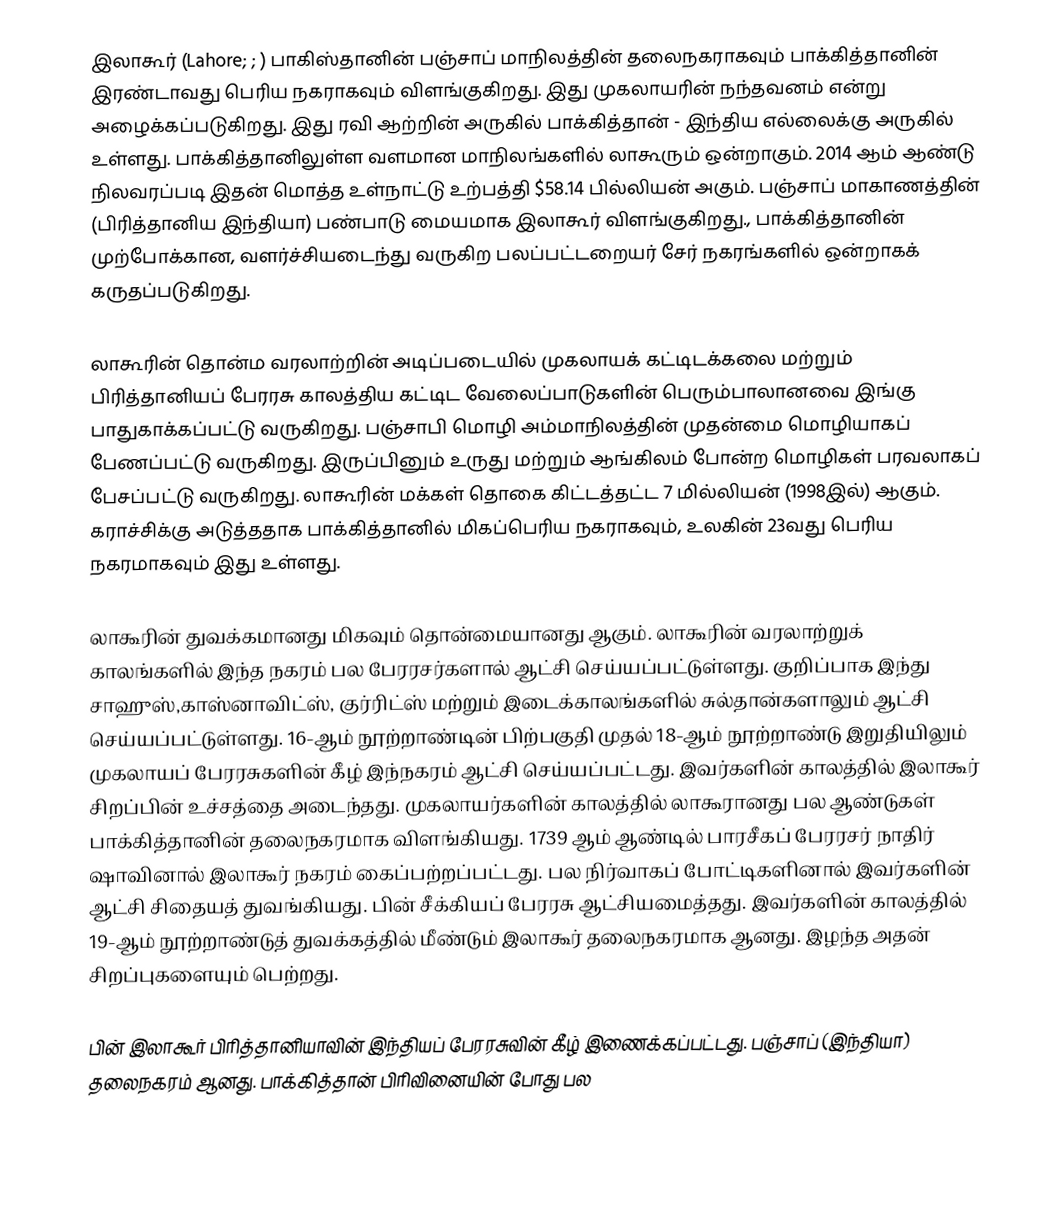
இலாகூர் (Lahore; ;  ) பாகிஸ்தானின் பஞ்சாப் மாநிலத்தின் தலைநகராகவும் பாக்கித்தானின் இரண்டாவது பெரிய நகராகவும் விளங்குகிறது. இது முகலாயரின் நந்தவனம் என்று அழைக்கப்படுகிறது. இது ரவி ஆற்றின் அருகில் பாக்கித்தான் - இந்திய எல்லைக்கு அருகில் உள்ளது. பாக்கித்தானிலுள்ள வளமான மாநிலங்களில் லாகூரும் ஒன்றாகும். 2014 ஆம் ஆண்டு நிலவரப்படி இதன் மொத்த உள்நாட்டு உற்பத்தி $58.14 பில்லியன் அகும். பஞ்சாப் மாகாணத்தின் (பிரித்தானிய இந்தியா) பண்பாடு மையமாக இலாகூர் விளங்குகிறது.,  பாக்கித்தானின் முற்போக்கான, வளர்ச்சியடைந்து வருகிற  பலப்பட்டறையர் சேர் நகரங்களில் ஒன்றாகக் கருதப்படுகிறது.

லாகூரின் தொன்ம வரலாற்றின் அடிப்படையில் முகலாயக் கட்டிடக்கலை  மற்றும் பிரித்தானியப் பேரரசு காலத்திய  கட்டிட வேலைப்பாடுகளின் பெரும்பாலானவை இங்கு பாதுகாக்கப்பட்டு வருகிறது. பஞ்சாபி மொழி அம்மாநிலத்தின் முதன்மை மொழியாகப் பேணப்பட்டு வருகிறது. இருப்பினும் உருது மற்றும் ஆங்கிலம் போன்ற மொழிகள் பரவலாகப் பேசப்பட்டு வருகிறது. லாகூரின் மக்கள் தொகை கிட்டத்தட்ட 7 மில்லியன் (1998இல்) ஆகும். கராச்சிக்கு அடுத்ததாக பாக்கித்தானில் மிகப்பெரிய நகராகவும், உலகின் 23வது பெரிய நகரமாகவும் இது உள்ளது.

லாகூரின் துவக்கமானது மிகவும் தொன்மையானது ஆகும். லாகூரின் வரலாற்றுக் காலங்களில் இந்த நகரம் பல பேரரசர்களால் ஆட்சி செய்யப்பட்டுள்ளது. குறிப்பாக இந்து சாஹுஸ்,காஸ்னாவிட்ஸ், குர்ரிட்ஸ் மற்றும் இடைக்காலங்களில் சுல்தான்களாலும் ஆட்சி செய்யப்பட்டுள்ளது.  16-ஆம் நூற்றாண்டின் பிற்பகுதி முதல் 18-ஆம் நூற்றாண்டு இறுதியிலும் முகலாயப் பேரரசுகளின் கீழ் இந்நகரம் ஆட்சி செய்யப்பட்டது. இவர்களின் காலத்தில் இலாகூர் சிறப்பின் உச்சத்தை அடைந்தது. முகலாயர்களின் காலத்தில் லாகூரானது பல ஆண்டுகள் பாக்கித்தானின் தலைநகரமாக விளங்கியது. 1739 ஆம் ஆண்டில் பாரசீகப் பேரரசர் நாதிர் ஷாவினால் இலாகூர் நகரம் கைப்பற்றப்பட்டது. பல நிர்வாகப் போட்டிகளினால் இவர்களின் ஆட்சி சிதையத் துவங்கியது. பின் சீக்கியப் பேரரசு ஆட்சியமைத்தது. இவர்களின் காலத்தில் 19-ஆம் நூற்றாண்டுத் துவக்கத்தில் மீண்டும் இலாகூர் தலைநகரமாக ஆனது. இழந்த அதன் சிறப்புகளையும் பெற்றது.

பின் இலாகூர் பிரித்தானியாவின் இந்தியப் பேரரசுவின் கீழ் இணைக்கப்பட்டது. பஞ்சாப் (இந்தியா) தலைநகரம் ஆனது. பாக்கித்தான் பிரிவினையின் போது பல